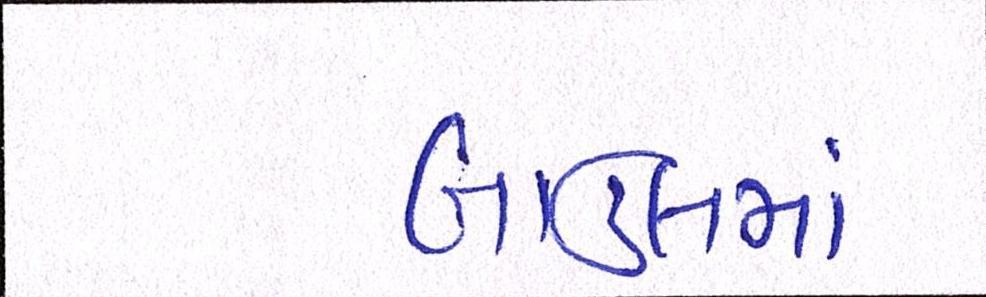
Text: બાઉલમાં